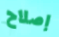
إصلاح